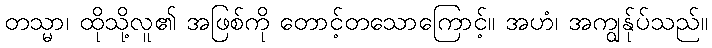
တသ္မာ၊ ထိုသို့လူ၏ အဖြစ်ကို တောင့်တသောကြောင့်။ အဟံ၊ အကျွန်ုပ်သည်။